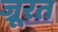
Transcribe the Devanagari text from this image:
ज्रूरत